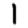
Digit: 1